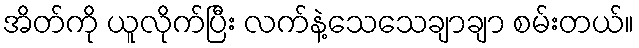
အိတ်ကို ယူလိုက်ပြီး လက်နဲ့သေသေချာချာ စမ်းတယ်။